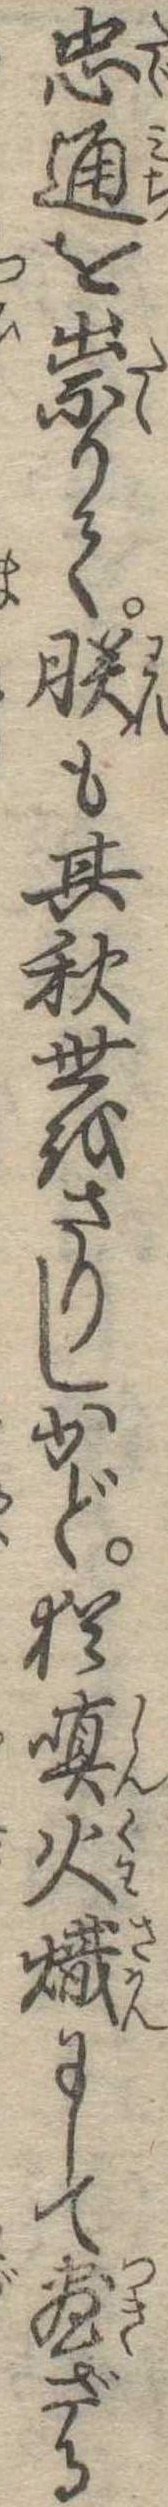
忠通を祟りて朕も其秋世をさりしかど猶嗔火熾にして尽ざる